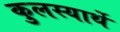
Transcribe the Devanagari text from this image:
कुलस्यार्थे